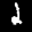
Label: 2